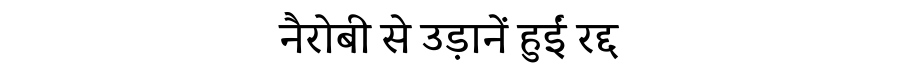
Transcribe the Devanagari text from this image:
नैरोबी से उड़ानें हुईं रद्द